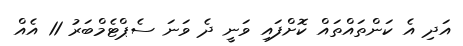
އަދި އެ ކަންތައްތައް ކޮށްފައި ވަނީ ދެ ވަނަ ސެޕްޓެމްބަރު 11 އެއް